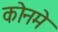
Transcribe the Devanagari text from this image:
कोनमे